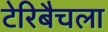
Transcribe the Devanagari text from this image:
टेरिबैचला